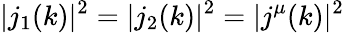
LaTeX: |j_{1}(k)|^{2}=|j_{2}(k)|^{2}=|j^{\mu}(k)|^{2}